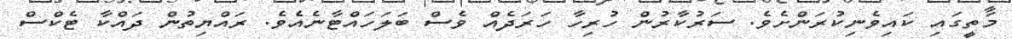
މަތީގައި ކައިވެނިކުރަންށެވެ. ސަރުކާރުން ހުރިހާ ހަރަދެއް ވެސް ބަލަހައްޓާނެއެވެ. ރައްޔިތުން ދައްކާ ޓެކްސް